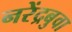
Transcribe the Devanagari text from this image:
नरेंद्रबुवा